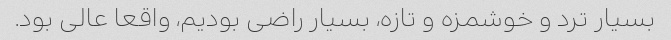
بسیار ترد و خوشمزه و تازه، بسیار راضی بودیم، واقعا عالی بود.